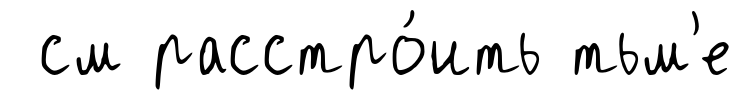
см расстро́ить тьм'е